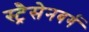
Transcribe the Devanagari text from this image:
स्ट्रैसेनबर्ग